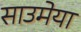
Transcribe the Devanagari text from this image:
साउमेया